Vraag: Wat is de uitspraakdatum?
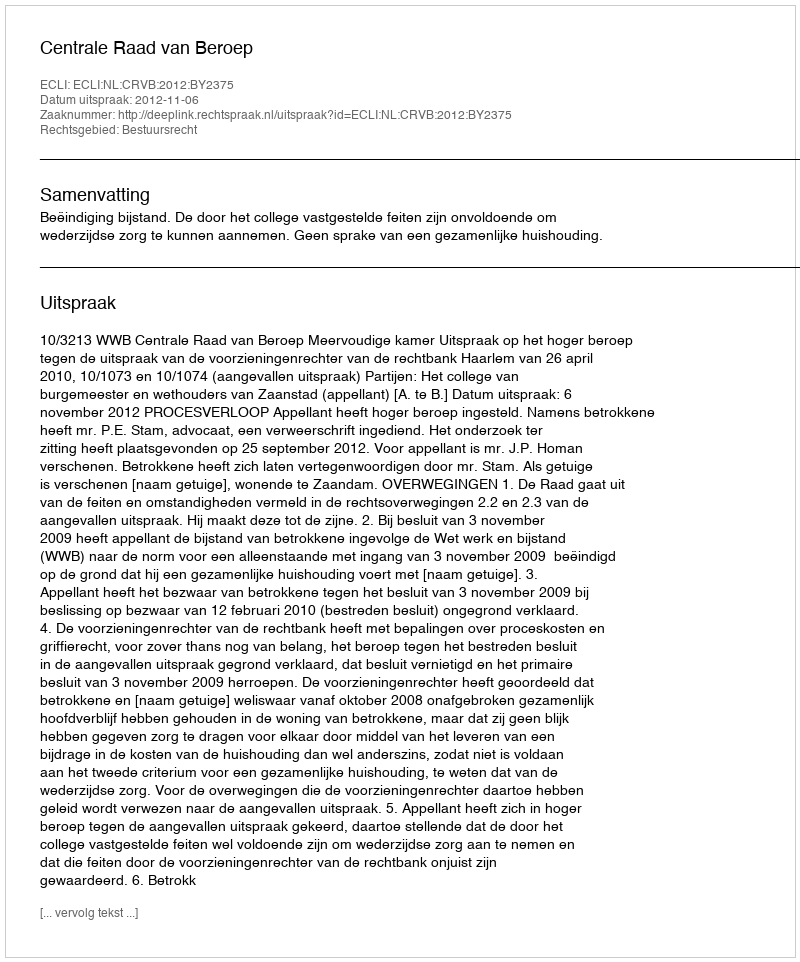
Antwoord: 2012-11-06